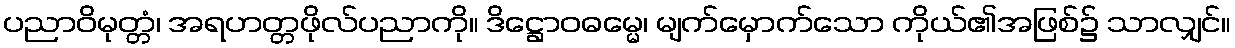
ပညာဝိမုတ္တံ၊ အရဟတ္တဖိုလ်ပညာကို။ ဒိဋ္ဌောဝဓမ္မေ၊ မျက်မှောက်သော ကိုယ်၏အဖြစ်၌ သာလျှင်။